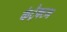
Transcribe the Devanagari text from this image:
कंट्रैक्टम